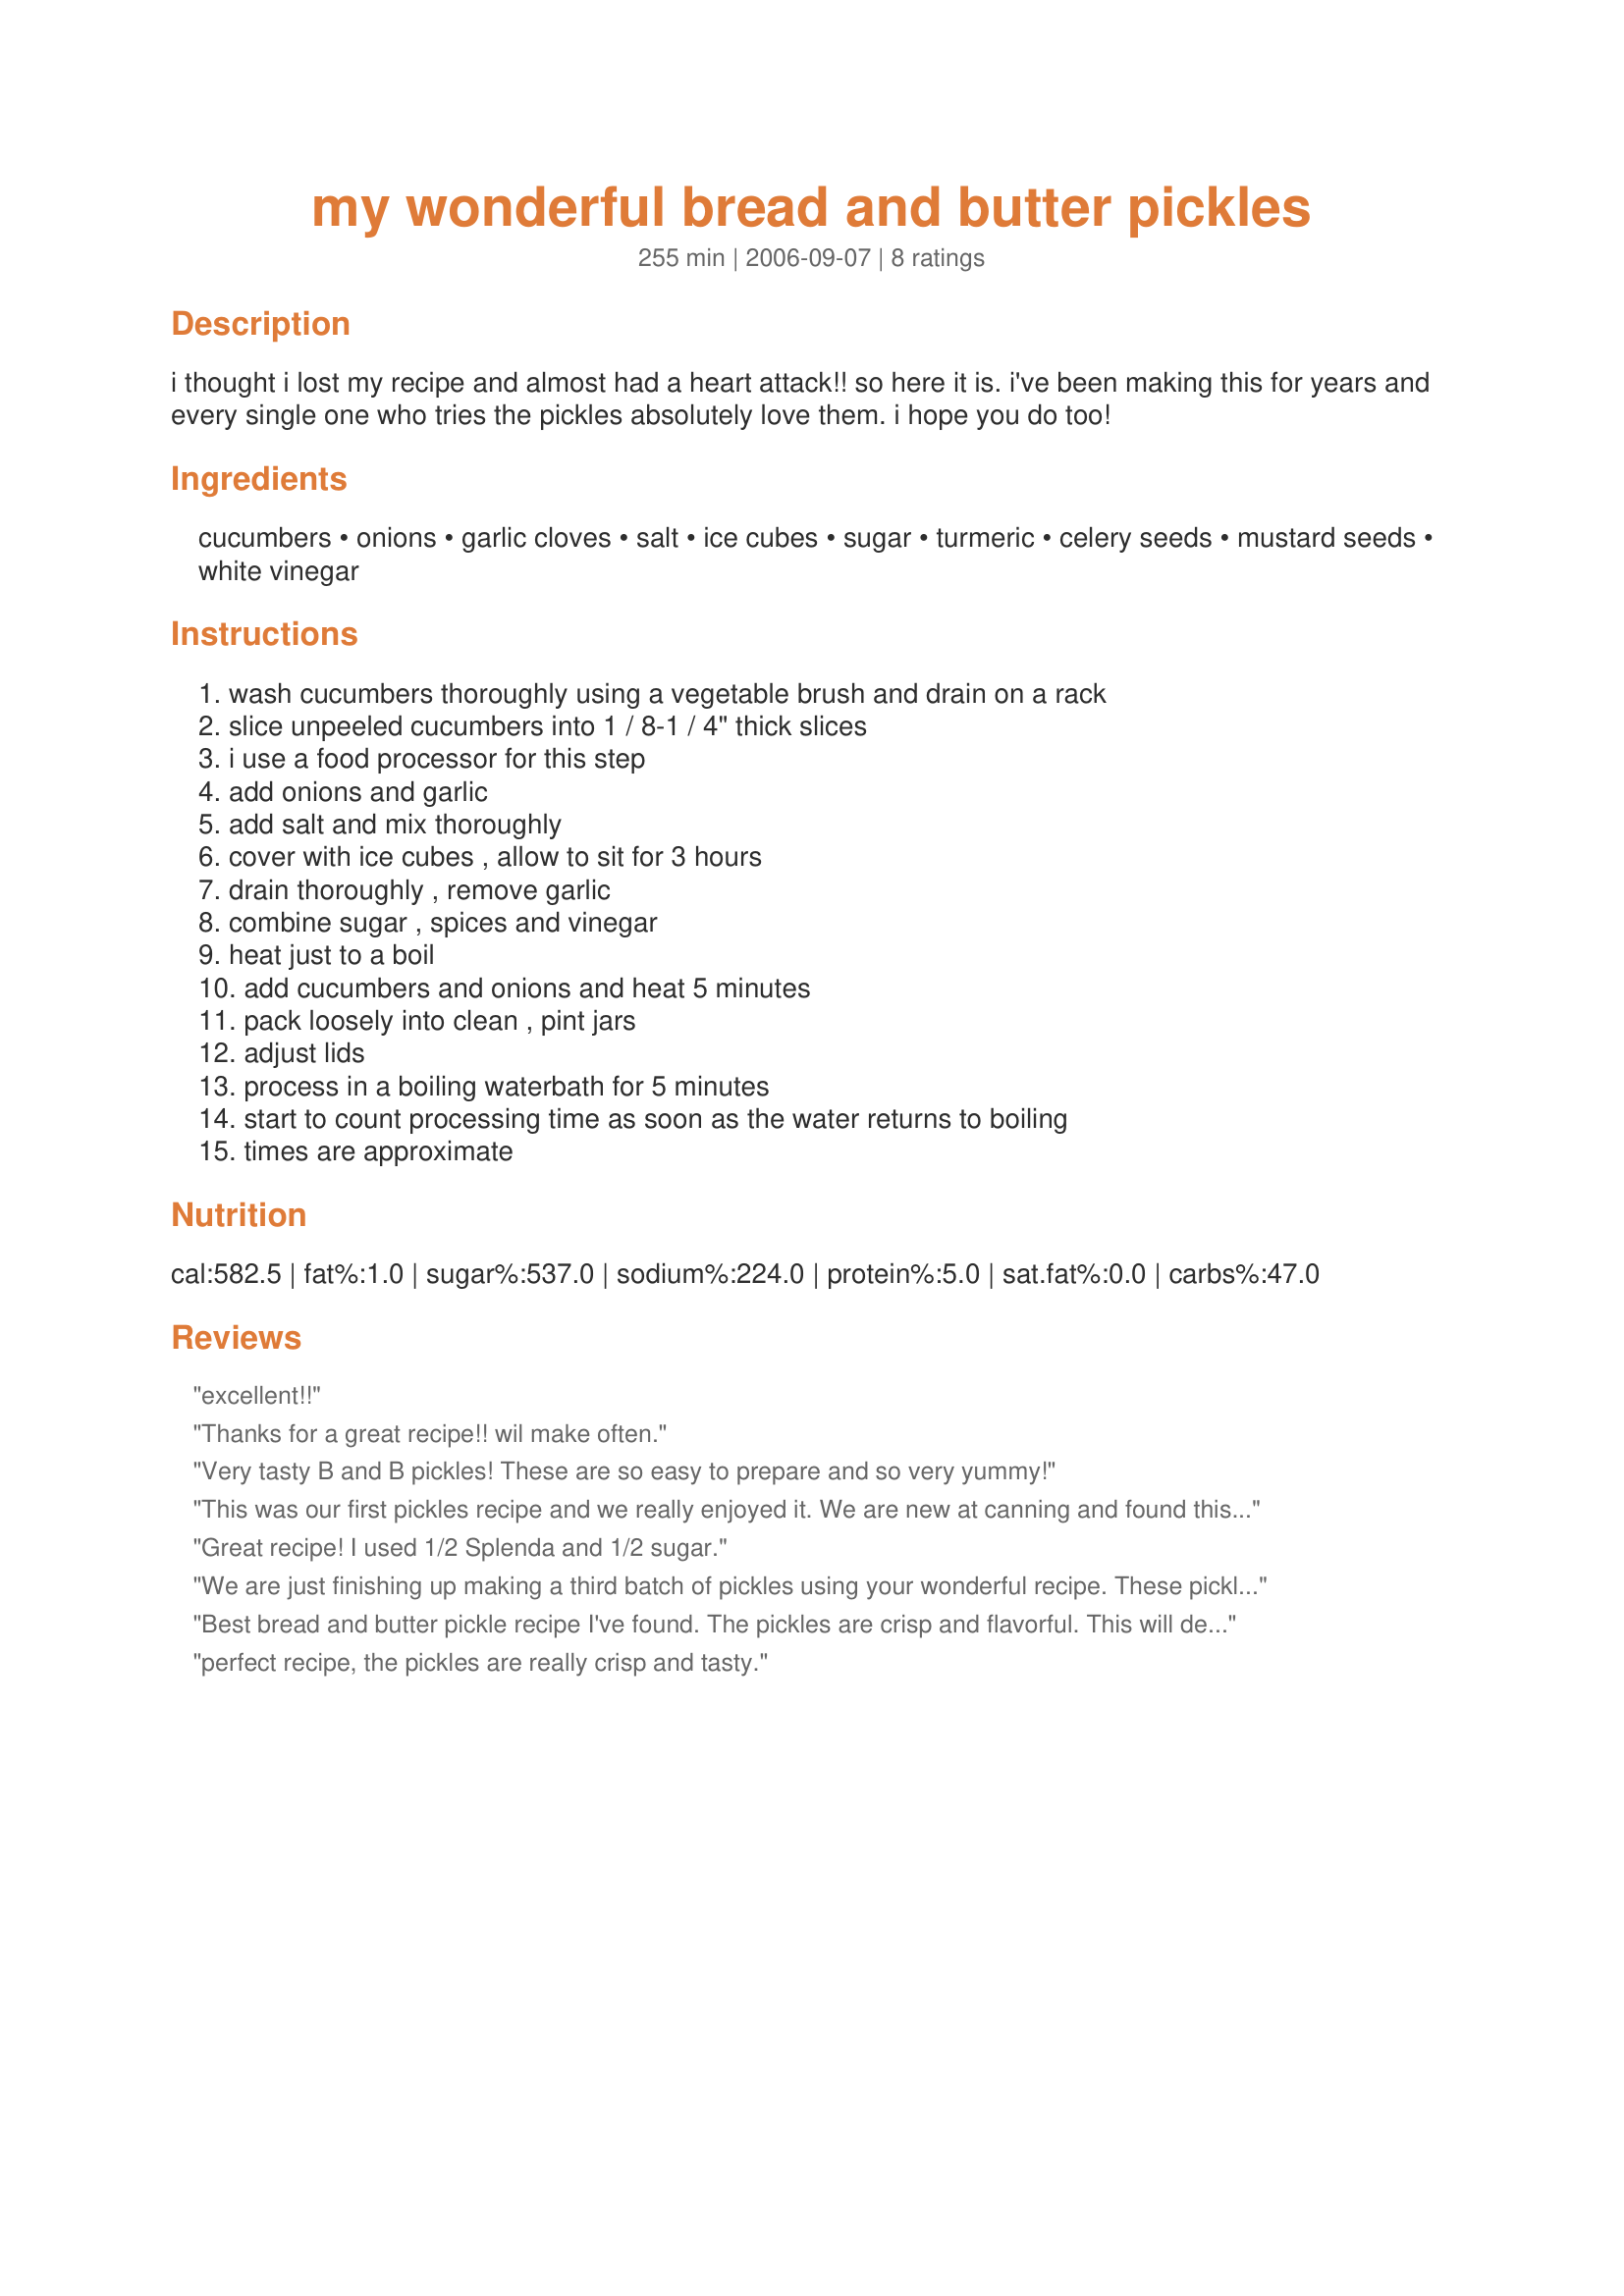
my wonderful bread and butter pickles
Preparation time: 255 minutes

i thought i lost my recipe and almost had a heart attack!! so here it is. i've been making this for years and every single one who tries the pickles absolutely love them. i hope you do too!

Ingredients:
cucumbers, onions, garlic cloves, salt, ice cubes, sugar, turmeric, celery seeds, mustard seeds, white vinegar

Steps:
wash cucumbers thoroughly using a vegetable brush and drain on a rack, slice unpeeled cucumbers into 1 / 8-1 / 4" thick slices, i use a food processor for this step, add onions and garlic, add salt and mix thoroughly, cover with ice cubes , allow to sit for 3 hours, drain thoroughly , remove garlic, combine sugar , spices and vinegar, heat just to a boil, add cucumbers and onions and heat 5 minutes, pack loosely into clean , pint jars, adjust lids, process in a boiling waterbath for 5 minutes, start to count processing time as soon as the water returns to boiling, times are approximate

Reviews:
excellent!!
Thanks for a great recipe!! wil make often.
Very tasty B and B pickles! These are so easy to prepare and so very yummy!
This was our first pickles recipe and we really enjoyed it. We are new at canning and found this recipe easy. I think we will either strain the spices out or use a cheesecloth to separate it. We sliced the pickles a little too thin the first time, but this time we made them extra thick. I do add the crisping stuff to the pickles so I know for sure that they will be crispy. I love the cruch. Thanks for a keeper :)
Great recipe! I used 1/2 Splenda and 1/2 sugar.
We are just finishing up making a third batch of pickles using your wonderful recipe. These pickles are sooo good! We have already shared them with friends and family and everyone loves them. We planted straight eights this year and our yield has been great. Thanks for sharing a wonderful B&B pickle recipe. We will never use another!
Best bread and butter pickle recipe I've found. The pickles are crisp and flavorful. This will definitely be my standing recipe.
perfect recipe, the pickles are really crisp and tasty.
